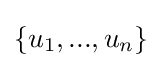
\{u_{1},...,u_{n}\}